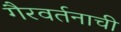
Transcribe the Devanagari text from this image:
गैरवर्तनाची